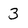
Character: 3